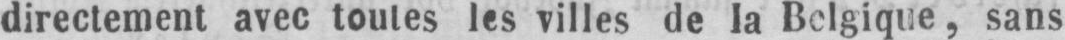
directement avec toutes les villes de la Belgique, sans